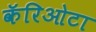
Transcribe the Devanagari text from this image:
कॅरिओटा